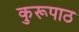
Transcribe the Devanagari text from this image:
कुरूपाठ